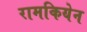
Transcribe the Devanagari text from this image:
रामकियेन